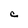
Character: c